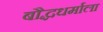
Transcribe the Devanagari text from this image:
बौद्धधर्माला